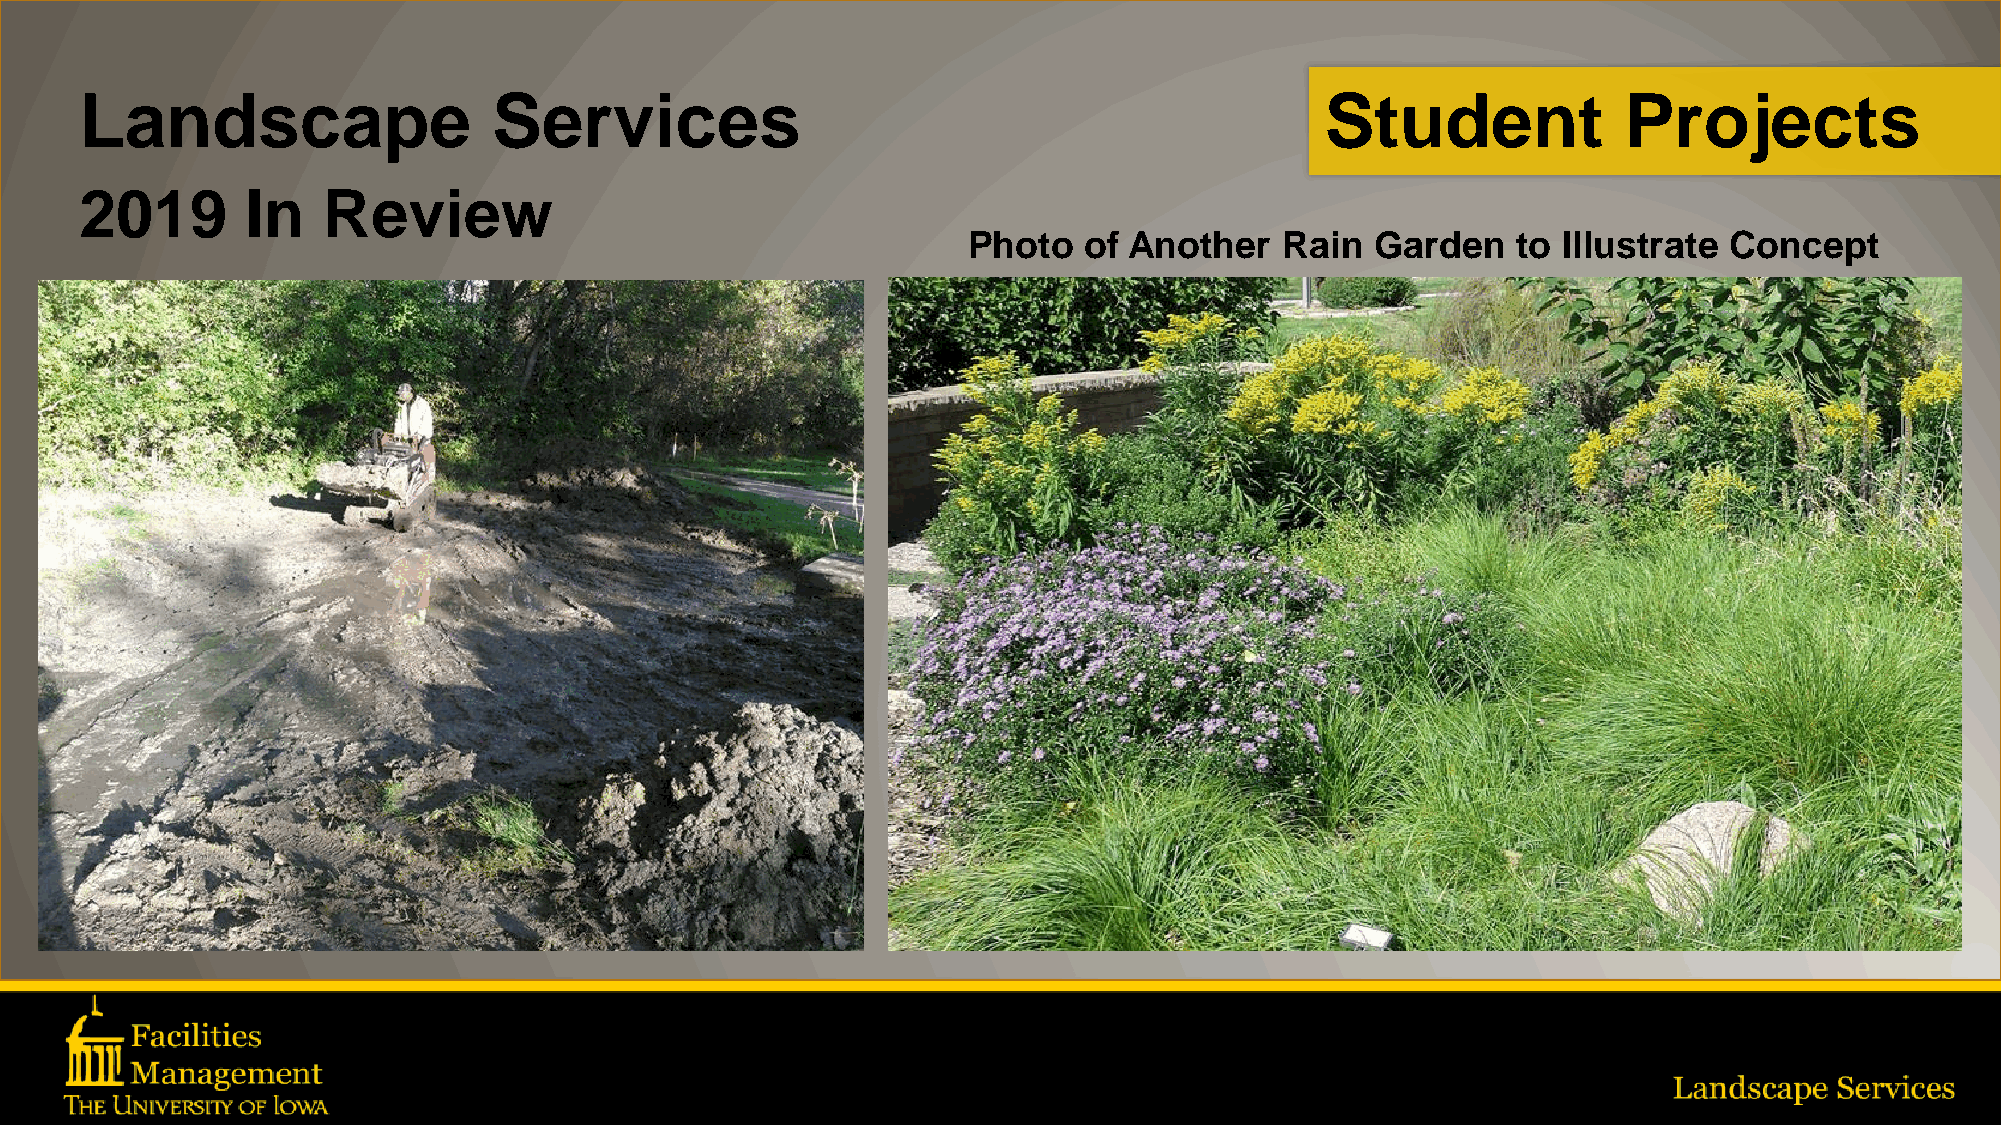
Landscape                   Services                                               Student             Projects
 2019       In   Review
 Photo   of Another   Rain  Garden   to Illustrate Concept